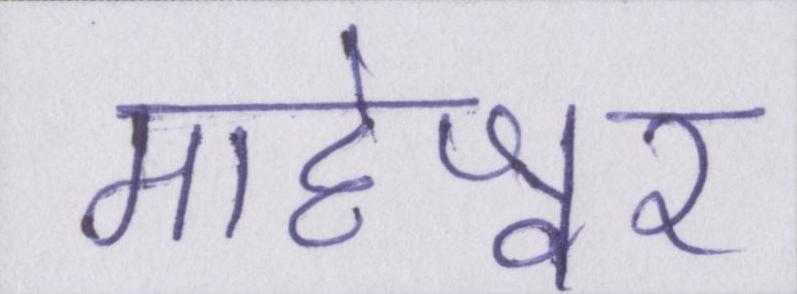
माहेश्वर